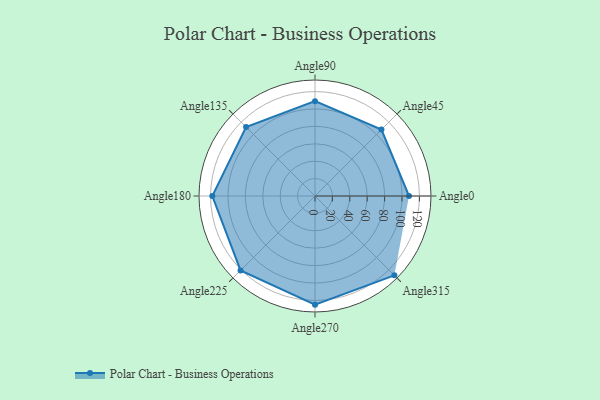
{"axis": {"x": "Angle", "y": "Radius"}, "legend": [""], "data": [{"x": "Angle0", "y": 108.0, "type": ""}, {"x": "Angle45", "y": 108.0, "type": ""}, {"x": "Angle90", "y": 109.0, "type": ""}, {"x": "Angle135", "y": 112.0, "type": ""}, {"x": "Angle180", "y": 118.0, "type": ""}, {"x": "Angle225", "y": 121.0, "type": ""}, {"x": "Angle270", "y": 125.0, "type": ""}, {"x": "Angle315", "y": 129.0, "type": ""}]}